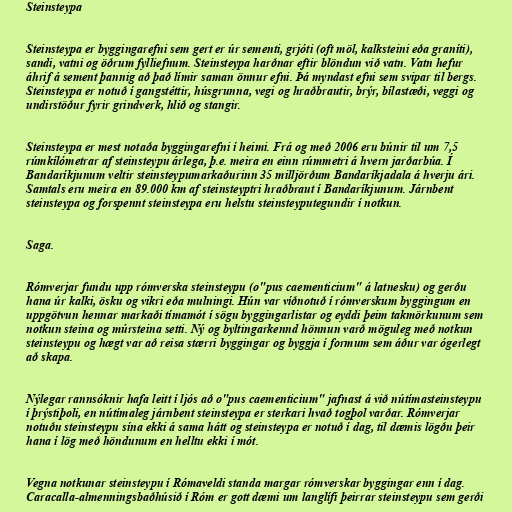
Steinsteypa

Steinsteypa er byggingarefni sem gert er úr sementi, grjóti (oft möl, kalksteini eða graníti),
sandi, vatni og öðrum fylliefnum. Steinsteypa harðnar eftir blöndun við vatn. Vatn hefur
áhrif á sement þannig að það límir saman önnur efni. Þá myndast efni sem svipar til bergs.
Steinsteypa er notuð í gangstéttir, húsgrunna, vegi og hraðbrautir, brýr, bílastæði, veggi og
undirstöður fyrir grindverk, hlið og stangir.

Steinsteypa er mest notaða byggingarefni í heimi. Frá og með 2006 eru búnir til um 7,5
rúmkílómetrar af steinsteypu árlega, þ.e. meira en einn rúmmetri á hvern jarðarbúa. Í
Bandaríkjunum veltir steinsteypumarkaðurinn 35 milljörðum Bandaríkjadala á hverju ári.
Samtals eru meira en 89.000 km af steinsteyptri hraðbraut í Bandaríkjunum. Járnbent
steinsteypa og forspennt steinsteypa eru helstu steinsteyputegundir í notkun.

Saga.

Rómverjar fundu upp rómverska steinsteypu (o"pus caementicium" á latnesku) og gerðu
hana úr kalki, ösku og vikri eða mulningi. Hún var víðnotuð í rómverskum byggingum en
uppgötvun hennar markaði tímamót í sögu byggingarlistar og eyddi þeim takmörkunum sem
notkun steina og múrsteina setti. Ný og byltingarkennd hönnun varð möguleg með notkun
steinsteypu og hægt var að reisa stærri byggingar og byggja í formum sem áður var ógerlegt
að skapa.

Nýlegar rannsóknir hafa leitt í ljós að o"pus caementicium" jafnast á við nútímasteinsteypu
í þrýstiþoli, en nútímaleg járnbent steinsteypa er sterkari hvað togþol varðar. Rómverjar
notuðu steinsteypu sína ekki á sama hátt og steinsteypa er notuð í dag, til dæmis lögðu þeir
hana í lög með höndunum en helltu ekki í mót.

Vegna notkunar steinsteypu í Rómaveldi standa margar rómverskar byggingar enn í dag.
Caracalla-almenningsbaðhúsið í Róm er gott dæmi um langlífi þeirrar steinsteypu sem gerði